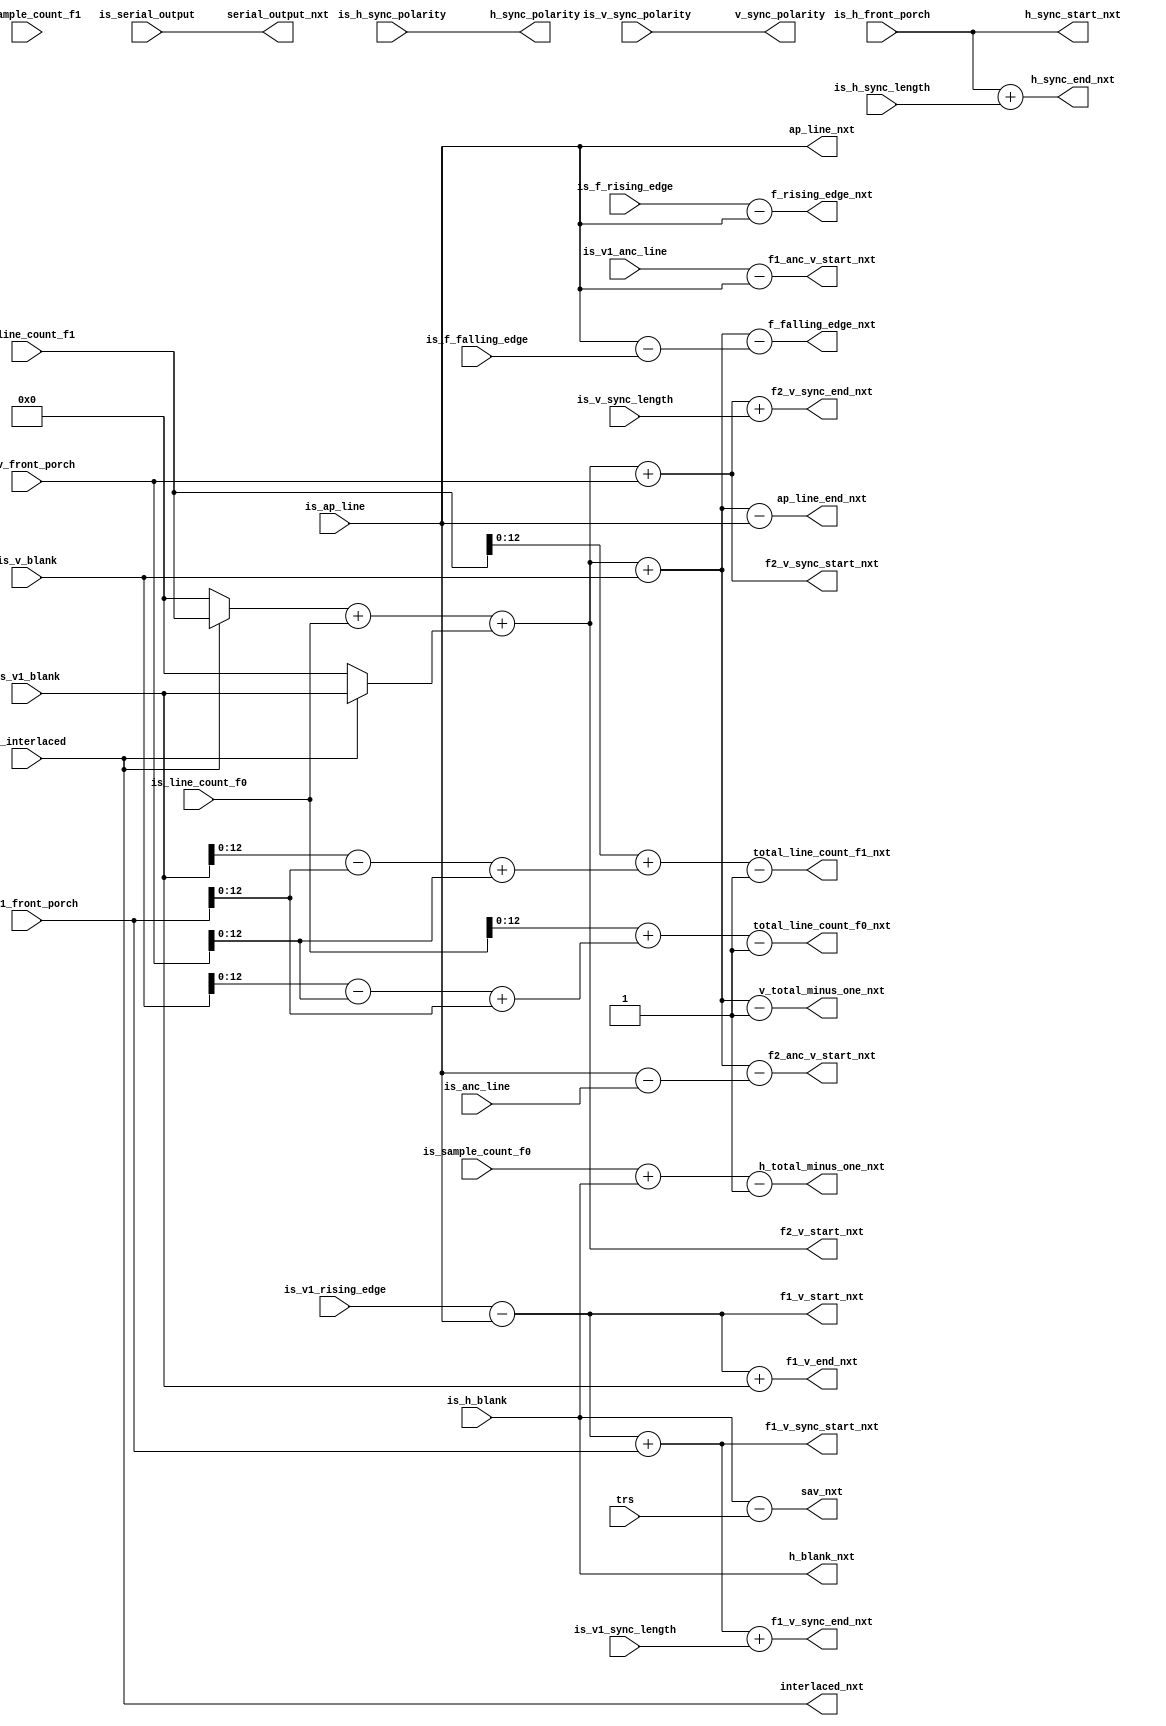
// (C) 2001-2015 Altera Corporation. All rights reserved.
// Your use of Altera Corporation's design tools, logic functions and other 
// software and tools, and its AMPP partner logic functions, and any output 
// files any of the foregoing (including device programming or simulation 
// files), and any associated documentation or information are expressly subject 
// to the terms and conditions of the Altera Program License Subscription 
// Agreement, Altera MegaCore Function License Agreement, or other applicable 
// license agreement, including, without limitation, that your use is for the 
// sole purpose of programming logic devices manufactured by Altera and sold by 
// Altera or its authorized distributors.  Please refer to the applicable 
// agreement for further details.


module alt_vip_cvo_calculate_mode(
    input [3:0] trs,
    input is_interlaced,
    input is_serial_output,
    input [15:0] is_sample_count_f0,
    input [15:0] is_line_count_f0,
    input [15:0] is_sample_count_f1,
    input [15:0] is_line_count_f1,
    input [15:0] is_h_front_porch,
    input [15:0] is_h_sync_length,
    input [15:0] is_h_blank,
    input [15:0] is_v_front_porch,
    input [15:0] is_v_sync_length,
    input [15:0] is_v_blank,
    input [15:0] is_v1_front_porch,
    input [15:0] is_v1_sync_length,
    input [15:0] is_v1_blank,
    input [15:0] is_ap_line,
    input [15:0] is_v1_rising_edge,
    input [15:0] is_f_rising_edge,
    input [15:0] is_f_falling_edge,
    input [15:0] is_anc_line,
    input [15:0] is_v1_anc_line,
    input is_h_sync_polarity,
    input is_v_sync_polarity,
    
    output interlaced_nxt,
    output serial_output_nxt,
    output [15:0] h_total_minus_one_nxt,
    output [15:0] v_total_minus_one_nxt,
    output [15:0] ap_line_nxt,
    output [15:0] ap_line_end_nxt,
    output [15:0] h_blank_nxt,
    output [15:0] sav_nxt,
    output [15:0] h_sync_start_nxt,
    output [15:0] h_sync_end_nxt,
    output [15:0] f2_v_start_nxt,
    output [15:0] f1_v_start_nxt,
    output [15:0] f1_v_end_nxt,
    output [15:0] f2_v_sync_start_nxt,
    output [15:0] f2_v_sync_end_nxt,
    output [15:0] f1_v_sync_start_nxt,
    output [15:0] f1_v_sync_end_nxt,
    output [15:0] f_rising_edge_nxt,
    output [15:0] f_falling_edge_nxt,
    output [12:0] total_line_count_f0_nxt,
    output [12:0] total_line_count_f1_nxt,
    output [15:0] f2_anc_v_start_nxt,
    output [15:0] f1_anc_v_start_nxt,
    output h_sync_polarity,
    output v_sync_polarity
    
);

wire [15:0] v_active_lines;
wire [15:0] v_total;
wire [15:0] v1_rising_edge;
wire [15:0] v2_rising_edge;
wire [15:0] f1_v_sync;
wire [15:0] f2_v_sync;
wire [15:0] total_line_count_f0_nxt_full;
wire [15:0] total_line_count_f1_nxt_full;

assign v_active_lines = (is_interlaced ? is_line_count_f1 : 16'd0) + is_line_count_f0;
assign v_total = v_active_lines + (is_interlaced ? is_v1_blank : 16'd0) + is_v_blank;
assign v1_rising_edge = is_v1_rising_edge - is_ap_line;
assign v2_rising_edge = v_active_lines + (is_interlaced ? is_v1_blank : 16'd0);
assign f1_v_sync = v1_rising_edge + is_v1_front_porch;
assign f2_v_sync = v2_rising_edge + is_v_front_porch;

assign interlaced_nxt = is_interlaced;
assign serial_output_nxt = is_serial_output;

// counter wrapping
assign h_total_minus_one_nxt = is_sample_count_f0 + is_h_blank - 16'd1;
assign v_total_minus_one_nxt = v_total - 16'd1;

// line numbering
assign ap_line_nxt = is_ap_line;
assign ap_line_end_nxt = v_total - is_ap_line;

// horizontal blanking end
assign h_blank_nxt = is_h_blank;
assign sav_nxt = is_h_blank - trs;

// horizontal sync start & end
assign h_sync_start_nxt = is_h_front_porch;
assign h_sync_end_nxt = is_h_front_porch + is_h_sync_length;

// f2 vertical blanking start
assign f2_v_start_nxt = v2_rising_edge;

// f1 vertical blanking start & end
assign f1_v_start_nxt = v1_rising_edge;
assign f1_v_end_nxt = v1_rising_edge + is_v1_blank;

// f2 vertical sync start & end
assign f2_v_sync_start_nxt = f2_v_sync;
assign f2_v_sync_end_nxt = f2_v_sync + is_v_sync_length;

// f1 vertical sync start and end
assign f1_v_sync_start_nxt = f1_v_sync;
assign f1_v_sync_end_nxt = f1_v_sync + is_v1_sync_length;

// f rising edge
assign f_rising_edge_nxt = is_f_rising_edge - is_ap_line;
assign f_falling_edge_nxt = v_total - (is_ap_line - is_f_falling_edge);

// sync generation
assign total_line_count_f0_nxt_full = is_line_count_f0 + (is_v_blank - is_v_front_porch + is_v1_front_porch) - 16'd1;
assign total_line_count_f1_nxt_full = is_line_count_f1 + (is_v1_blank - is_v1_front_porch + is_v_front_porch) - 16'd1;
assign total_line_count_f0_nxt = total_line_count_f0_nxt_full[12:0];
assign total_line_count_f1_nxt = total_line_count_f1_nxt_full[12:0];

// ancilliary data position
assign f2_anc_v_start_nxt = v_total - (is_ap_line - is_anc_line);
assign f1_anc_v_start_nxt = is_v1_anc_line - is_ap_line;

// Polarity of sync signals
assign h_sync_polarity = is_h_sync_polarity;
assign v_sync_polarity = is_v_sync_polarity;

endmodule